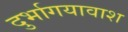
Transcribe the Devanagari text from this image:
दुर्भागयावाश